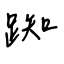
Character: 踟